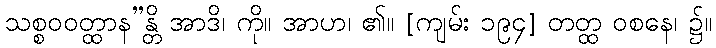
သစ္စဝဝတ္ထာန”န္တိ အာဒိ၊ ကို။ အာဟ၊ ၏။ [ကျမ်း ၁၉၄] တတ္ထ ဝစနေ၊ ၌။